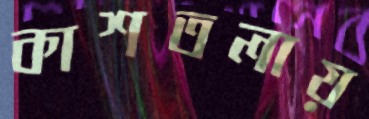
কাশতলায়